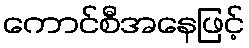
ကောင်စီအနေဖြင့်